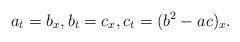
LaTeX: \begin{align*}a_{t}=b_{x}, b_{t}=c_{x}, c_{t}=(b^{2}-ac)_{x}. \end{align*}